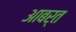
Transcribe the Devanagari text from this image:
आबर्त